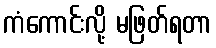
ကံကောင်းလို့ မဖြတ်ရတာ